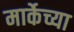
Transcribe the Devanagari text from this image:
मार्केच्या